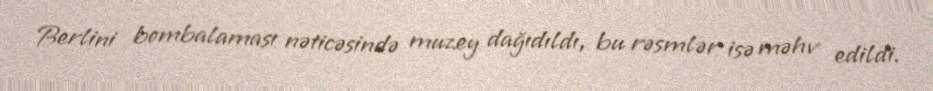
Berlini bombalaması nəticəsində muzey dağıdıldı, bu rəsmlər isə məhv edildi.